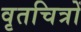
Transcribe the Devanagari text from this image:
वृतचित्रों